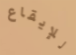
للإيقاع